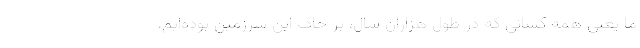
ما یعنی همه کسانی که در طول هزاران سال، بر خاک این سرزمین بوده‌ایم،